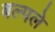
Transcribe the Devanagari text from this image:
बल्पले